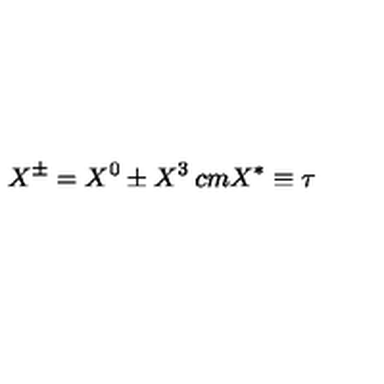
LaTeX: X ^ { \pm } = X ^ { 0 } \pm X ^ { 3 } \hspace * { 2 c m } X ^ { * } \equiv \tau